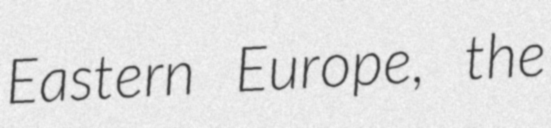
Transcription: Eastern Europe, the